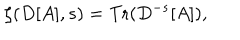
LaTeX: \zeta ( D [ A ] , s ) = \mathrm { T r } ( D ^ { - s } [ A ] ) ,